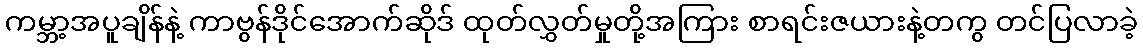
ကမ္ဘာ့အပူချိန်နဲ့ ကာဗွန်ဒိုင်အောက်ဆိုဒ် ထုတ်လွှတ်မှုတို့အကြား စာရင်းဇယားနဲ့တကွ တင်ပြလာခဲ့